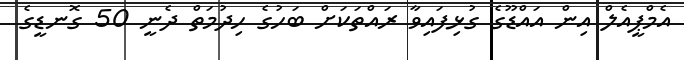
އެމްޕީއެލް އިން އައްޑޫގެ ގުޅިފައިވާ ރައްތަކަށް ބަހުގެ ހިދުމަތް ދެނީ 50 ގޮނޑީގެ